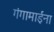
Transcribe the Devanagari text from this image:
गंगामाईना